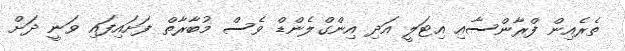
ތެރެއިން ފްރާންސާއި އިޓަލީ އަދި އިންގްލެންޑް ވެސް މުބާރާތް ފަށައިފައި ވަނީ ދަށް